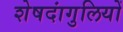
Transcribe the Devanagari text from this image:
शेषदांगुलियों